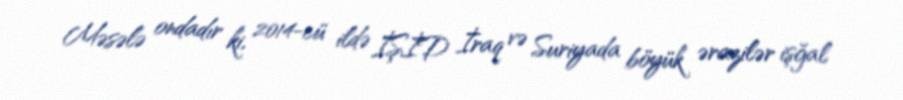
Məsələ ondadır ki, 2014-cü ildə İŞİD İraq və Suriyada böyük ərazilər işğal